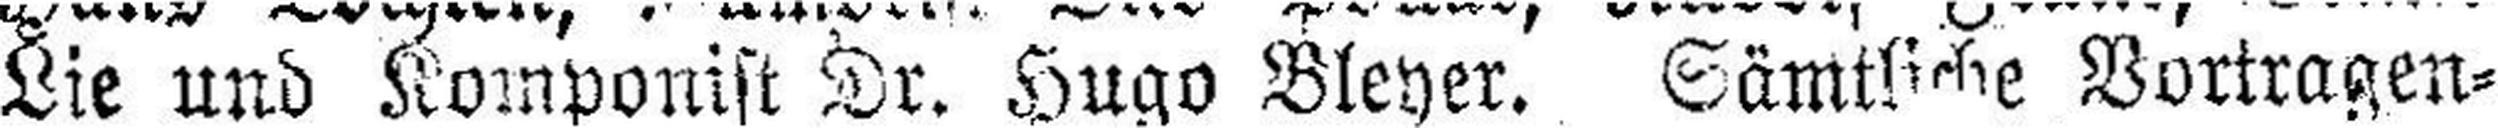
Lie und Komponist Dr. Hugo Bleyer. Sämtliche Vortragen¬